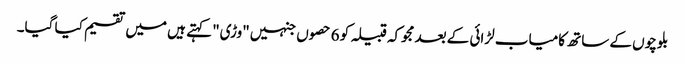
بلوچوں کے ساتھ کامیاب لڑائی کے بعد مجوکہ قبیلہ کو 6 حصوں جنہیں "وڑی" کہتے ہیں میں تقسیم کیا گیا۔